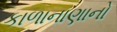
કાળાનાણાનો